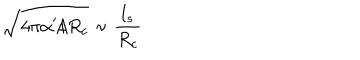
\sqrt { 4 \pi \alpha ^ { \prime } / R _ { c } } \sim \frac { l _ { s } } { R _ { c } }